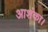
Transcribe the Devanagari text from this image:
आशंका।